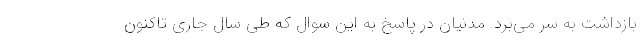
بازداشت به سر می‌برد. مدنیان در پاسخ به این سوال که طی سال جاری تاکنون